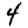
Digit: 4